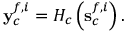
{ \mathbf { y } } _ { c } ^ { f , i } = { { \cal { H } } _ { c } } \left( { \mathbf { s } } _ { c } ^ { f , i } \right) .